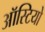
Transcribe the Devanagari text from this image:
ऑस्टियो